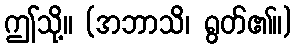
ဤသို့။ (အဘာသိ၊ ရွတ်၏။)